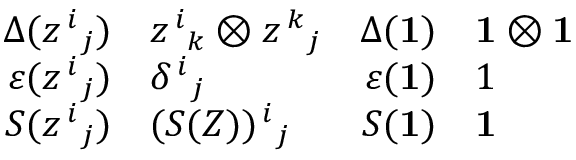
\begin{array} { r l r l } { { \Delta ( z ^ { \, i } { } _ { j } ) } } & { { z ^ { \, i } { } _ { k } \otimes z ^ { \, k } { } _ { j } } } & { { \Delta ( { \bf 1 } ) } } & { { { \bf 1 } \otimes { \bf 1 } } } \\ { { \varepsilon ( z ^ { \, i } { } _ { j } ) } } & { { \delta ^ { \, i } { } _ { j } } } & { { \varepsilon ( { \bf 1 } ) } } & { { 1 } } \\ { { S ( z ^ { \, i } { } _ { j } ) } } & { { ( S ( Z ) ) ^ { \, i } { } _ { j } } } & { { S ( { \bf 1 } ) } } & { { { \bf 1 } } } \end{array}